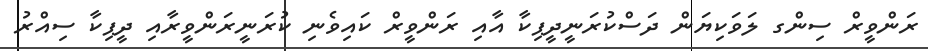
ރަންވީރް ސިންގ ލަވަކިޔަން ދަސްކުރަނީދީޕިކާ އާއި ރަންވީރް ކައިވެނި ކުރަނީރަންވީރާއި ދީޕިކާ ސިއްރު